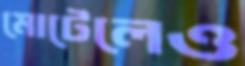
মোটেলেও